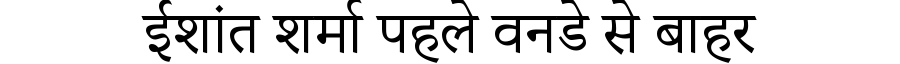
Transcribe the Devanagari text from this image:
ईशांत शर्मा पहले वनडे से बाहर